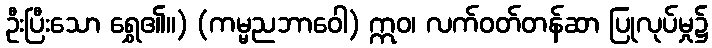
ဦးပြီးသော ရွှေ၏။) (ကမ္မညဘာဝေါ) ဣဝ၊ လက်ဝတ်တန်ဆာ ပြုလုပ်မှု၌